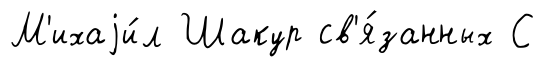
М'ихаjи́л Шакур св'я́занных С